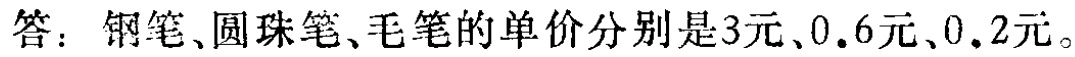
答：钢笔、圆珠笔、毛笔的单价分别是3元、0.6元、0.2元。